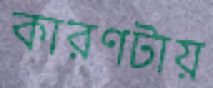
কারণটায়